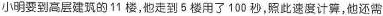
小明要到高层建筑的11楼，他走到5楼用了100秒，照此速度计算，他还需